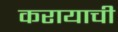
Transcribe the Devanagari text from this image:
करायाची